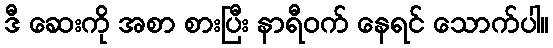
ဒီ ဆေးကို အစာ စားပြီး နာရီဝက် နေရင် သောက်ပါ။